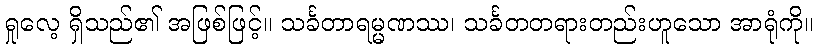
ရှုလေ့ ရှိသည်၏ အဖြစ်ဖြင့်။ သင်္ခတာရမ္မဏဿ၊ သင်္ခတတရားတည်းဟူသော အာရုံကို။